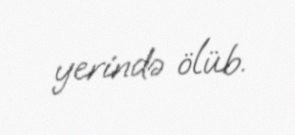
yerində ölüb.